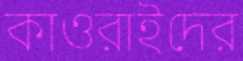
কাওরাইদের